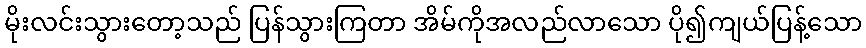
မိုးလင်းသွားတော့သည် ပြန်သွားကြတာ အိမ်ကိုအလည်လာသော ပို၍ကျယ်ပြန့်သော